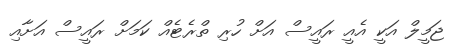
ޖަމީލް އަކީ އެއީ ރައީސް އަށް ހުރި ތްރެޓެއް ކަމަށް ރައީސް އަށާއި